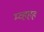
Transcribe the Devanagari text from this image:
म्व्हहह